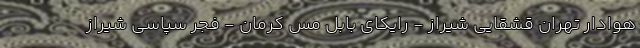
هوادار تهران قشقایی شیراز - رایکای بابل مس کرمان - فجر سپاسی شیراز